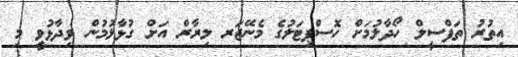
އިތުރު ތަފްސީލް ހޯދާލުމަށް ހޮސްޕިޓަލުގެ މެނޭޖަރ ލިރާރް އަށް ގުޅާލުމުން ވިދާޅުވީ މި